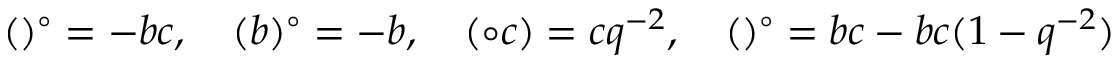
( \d a ) ^ { \circ } = - \d a \d b \d c , \quad ( \d b ) ^ { \circ } = - \d a \d b \d d , \quad ( \circ \d c ) = \d a \d c \d d q ^ { - 2 } , \quad ( \d d ) ^ { \circ } = \d b \d c \d d - \d a \d b \d c ( 1 - q ^ { - 2 } )